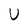
Character: U